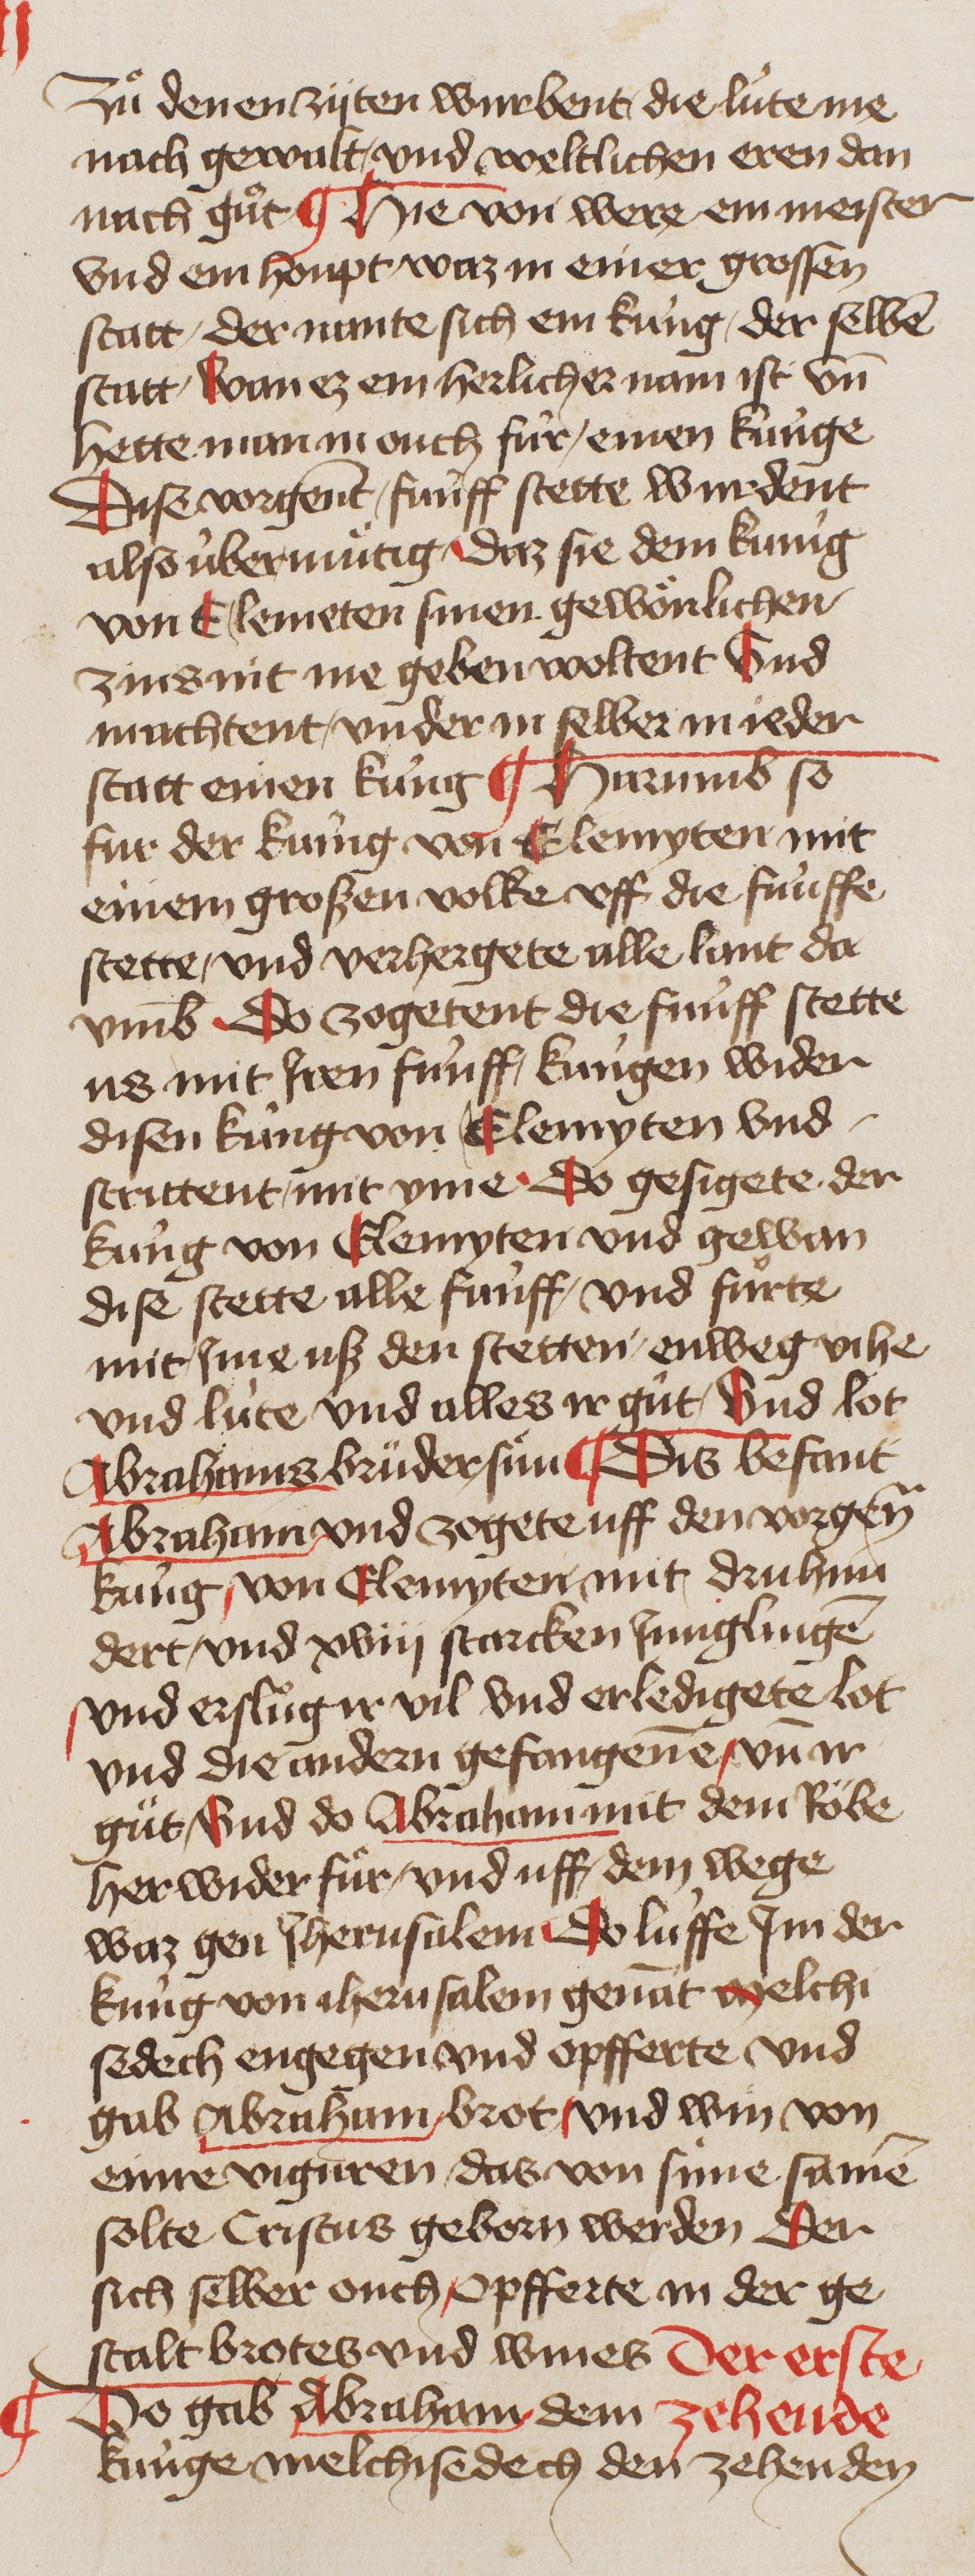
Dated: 1400–1449